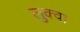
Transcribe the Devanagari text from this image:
लुक्वा